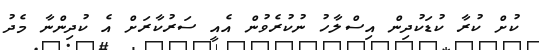
ކުށް ކުރާ ކުޑަކުދިން އިސްލާހު ނުކުރެވުން އެއީ ސަރުކާރަށް އެ ކުދިންނާ މެދު